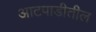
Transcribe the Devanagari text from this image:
आटपाडीतील